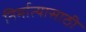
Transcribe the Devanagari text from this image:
निर्मात्यासाठी